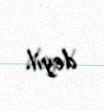
deyil.